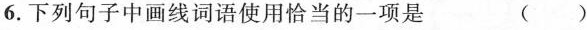
6. 下列句子中画线词语使用恰当的一项是 ( )